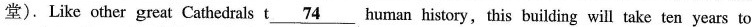
堂).Like other great Cathedrals t \underline{74} human history, this building will take ten years to